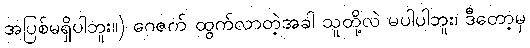
အပြစ်မရှိပါဘူး။) ဂေဇက် ထွက်လာတဲ့အခါ သူတို့လဲ မပါပါဘူး၊ ဒီတော့မှ